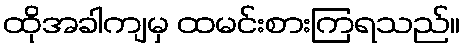
ထိုအခါကျမှ ထမင်းစားကြရသည်။